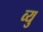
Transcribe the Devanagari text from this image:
व्यु